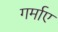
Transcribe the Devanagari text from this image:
गर्माए